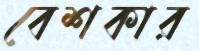
বেশকার